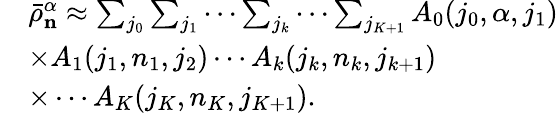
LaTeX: \begin{array}{rl}&{\bar{\rho}_{\textbf{n}}^{\alpha}\approx\sum_{j_{0}}\sum_{j_{1}}\cdots\sum_{j_{k}}\cdots\sum_{j_{K+1}}A_{0}(j_{0},\alpha,j_{1})}\\ &{\times A_{1}(j_{1},n_{1},j_{2})\cdots A_{k}(j_{k},n_{k},j_{k+1})}\\ &{\times\cdots A_{K}(j_{K},n_{K},j_{K+1}).}\end{array}